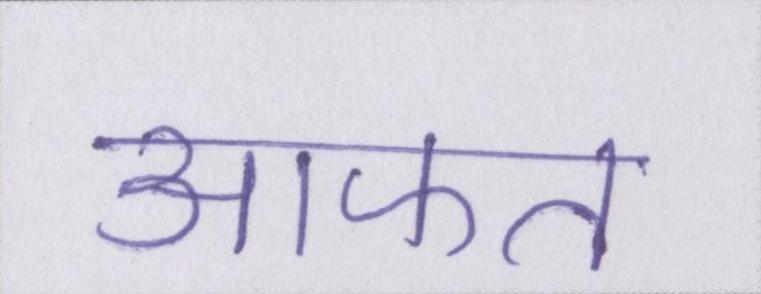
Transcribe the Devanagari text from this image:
आफत